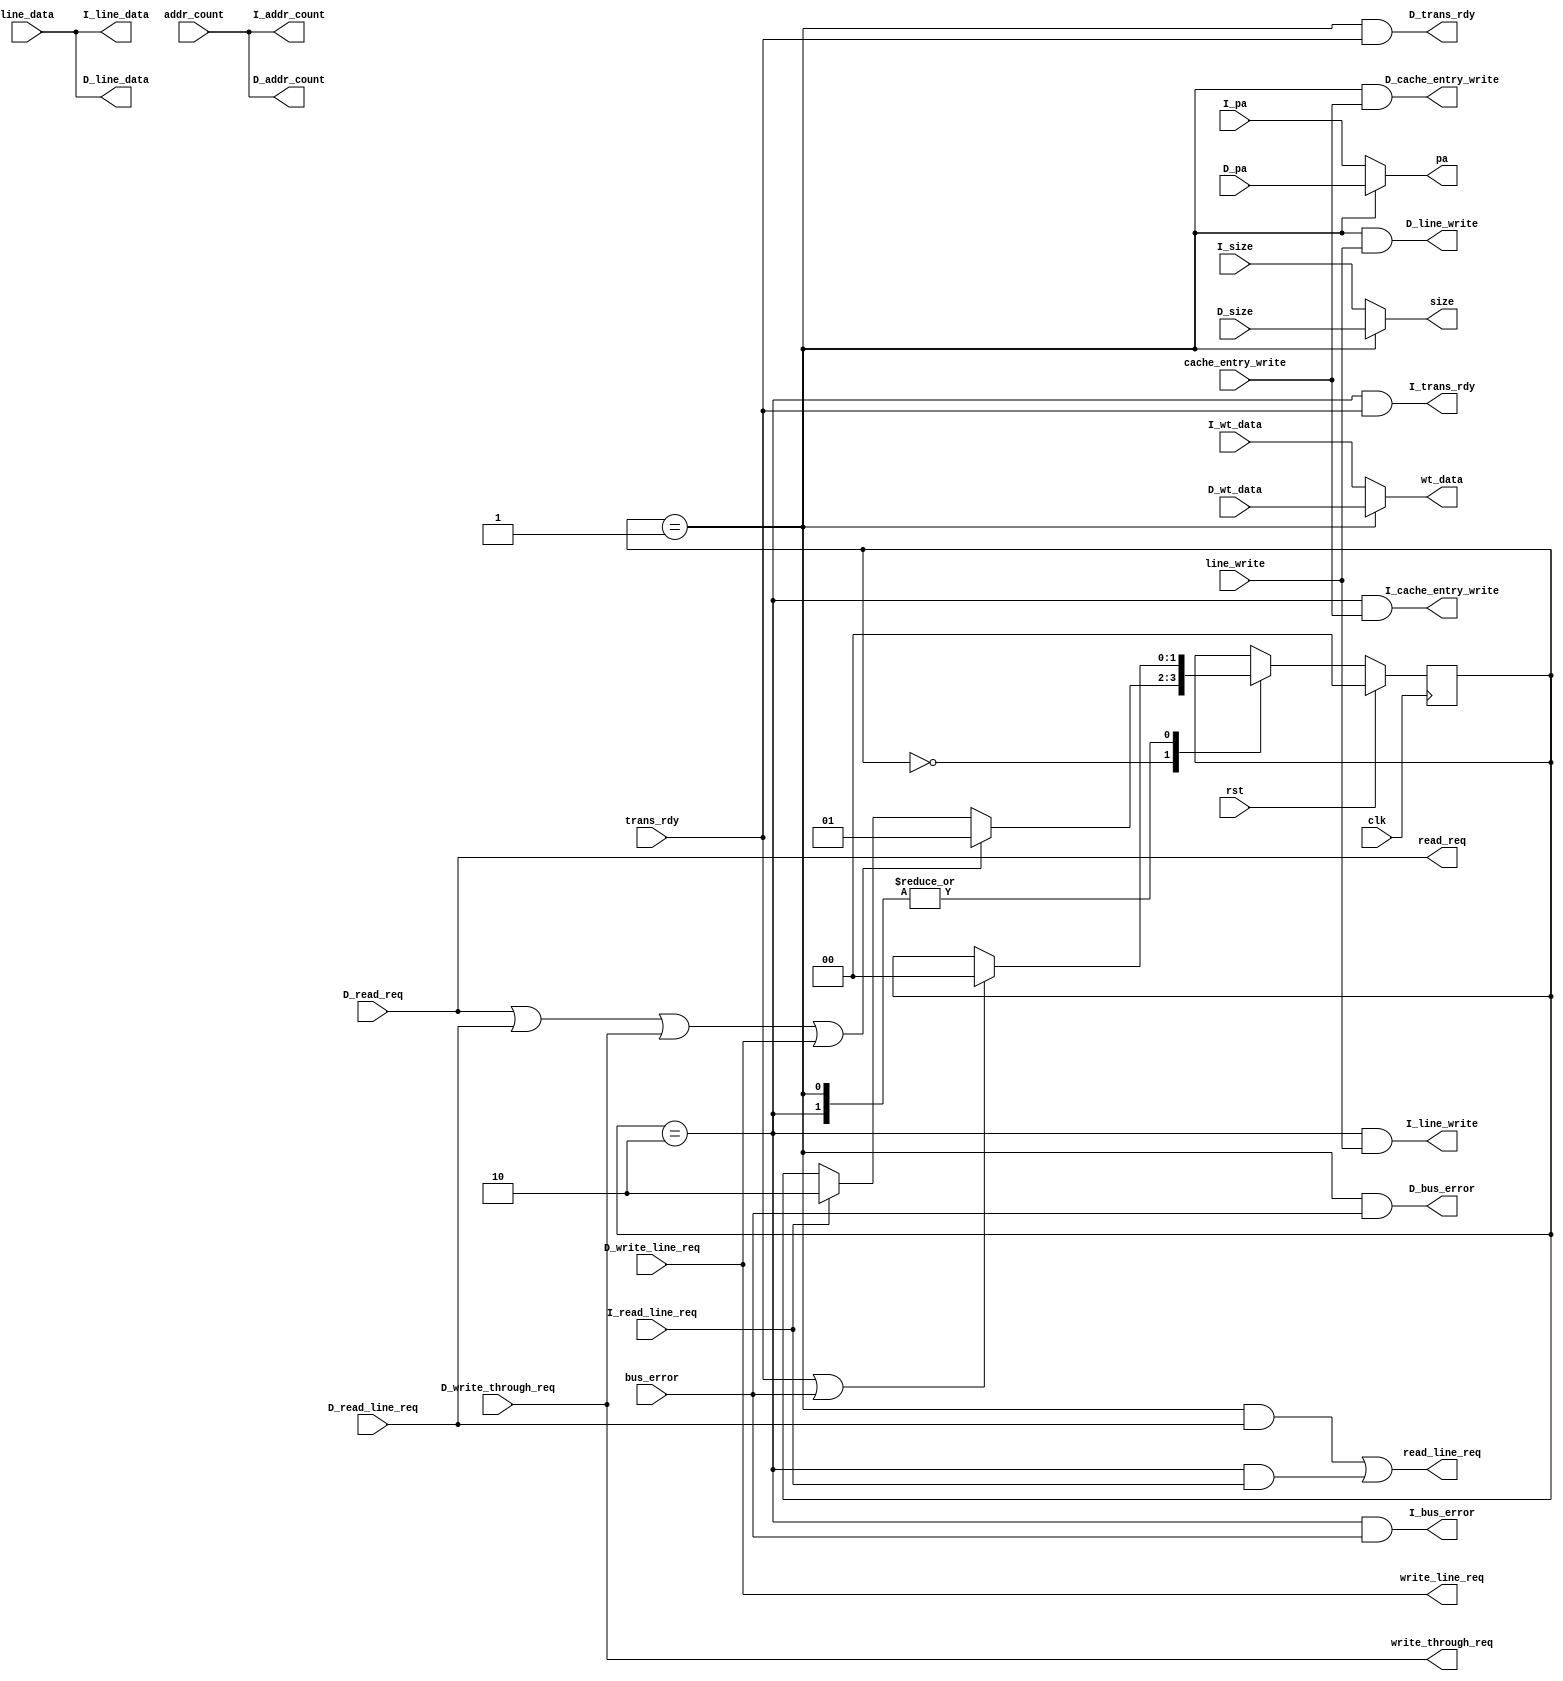
module bu_req_mux(
input wire clk,
input wire rst,
//cache bug unit
//L1-I
input wire I_read_line_req,		//
input wire [3:0]I_size,
input wire [63:0]I_pa,			//
input wire [63:0]I_wt_data,
output wire [63:0]I_line_data,
output wire [10:0]I_addr_count,
output wire I_line_write,			//cache
output wire I_cache_entry_write,	//entry
output wire I_trans_rdy,			//
output wire I_bus_error,			//
//L1-D
input wire D_write_through_req,	//
input wire D_write_line_req,
input wire D_read_req,			//
input wire D_read_line_req,		//

input wire [3:0]D_size,
input wire [63:0]D_pa,			//
input wire [63:0]D_wt_data,
output wire [63:0]D_line_data,
output wire [10:0]D_addr_count,
output wire D_line_write,			//cache
output wire D_cache_entry_write,	//entry
output wire D_trans_rdy,			//
output wire D_bus_error,			//
//L1 bus unit
output wire write_through_req,	//
output wire write_line_req,
output wire read_req,			//
output wire read_line_req,		//
output wire [3:0]size,
output wire [63:0]pa,			//
output wire [63:0]wt_data,
input wire [63:0]line_data,
input wire [10:0]addr_count,
input wire line_write,			//cache
input wire cache_entry_write,	//entry
input wire trans_rdy,			//
input wire bus_error			//
);

//D
reg [1:0]cache_access_state;
wire D_access;
wire I_access;

always@(posedge clk)begin
	if(rst)begin
		cache_access_state	<=	2'b00;
	end
	else begin
		case(cache_access_state)
			2'b00	:	if(D_read_req|D_read_line_req|D_write_through_req|D_write_line_req)begin
							cache_access_state	<=	2'b01;			//D
						end
						else if(I_read_line_req)begin
							cache_access_state	<=	2'b10;			//I
						end
			2'b01	:	cache_access_state	<=	(trans_rdy | bus_error) ? 2'b00 : cache_access_state;
			2'b10	:	cache_access_state	<=	(trans_rdy | bus_error) ? 2'b00 : cache_access_state;
		endcase
	end
end
assign D_access	=	(cache_access_state==2'b01);
assign I_access	=	(cache_access_state==2'b10);

//cache bus unit
//access
assign write_through_req	=	D_write_through_req;	//
assign read_req				=	D_read_req;			//
assign write_line_req		=	D_write_line_req;
assign read_line_req		=	D_access & D_read_line_req | I_access & I_read_line_req;		//

assign size					=	D_access ? D_size : I_size;
assign pa					=	D_access ? D_pa : I_pa;			
assign wt_data				=	D_access ? D_wt_data : I_wt_data;
//L1-I
assign I_line_data	=	line_data;
assign I_addr_count	=	addr_count;
assign I_line_write	=	I_access & line_write;			//cache
assign I_cache_entry_write	=	I_access & cache_entry_write;	//entry
assign I_trans_rdy	=	I_access & trans_rdy;		//
assign I_bus_error	=	I_access & bus_error;			//
//L1D
assign D_line_data	=	line_data;
assign D_addr_count	=	addr_count;
assign D_line_write	=	D_access & line_write;			//cache
assign D_cache_entry_write	=	D_access & cache_entry_write;	//entry
assign D_trans_rdy	=	D_access & trans_rdy;		//
assign D_bus_error	=	D_access & bus_error;			//


endmodule